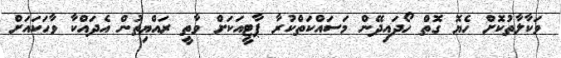
ވަކާލާތުކޮށް ހެޔޮ ގޮތް ހޯދައިދޭން މަސައްކަތްކުރާ ޕާޓީއަކަށް ވާތީ ރައްޔިތުން އެދައްކާ ވާހަކައަށް